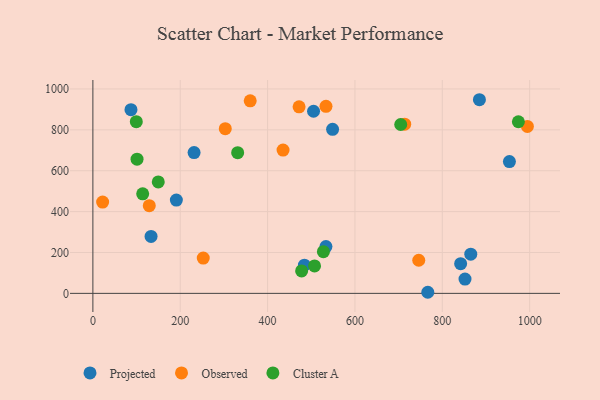
{"axis": {"x": "Ad Spend", "y": "Yield"}, "legend": ["Cluster A", "Observed", "Projected"], "data": [{"x": "231.7", "y": 688.6, "type": "Projected"}, {"x": "505.2", "y": 890.9, "type": "Projected"}, {"x": "842.0", "y": 145.2, "type": "Projected"}, {"x": "533.6", "y": 229.0, "type": "Projected"}, {"x": "548.8", "y": 802.4, "type": "Projected"}, {"x": "852.0", "y": 69.8, "type": "Projected"}, {"x": "953.7", "y": 644.9, "type": "Projected"}, {"x": "133.2", "y": 278.6, "type": "Projected"}, {"x": "484.3", "y": 138.1, "type": "Projected"}, {"x": "191.1", "y": 456.5, "type": "Projected"}, {"x": "766.8", "y": 5.3, "type": "Projected"}, {"x": "885.0", "y": 947.3, "type": "Projected"}, {"x": "865.2", "y": 191.5, "type": "Projected"}, {"x": "87.2", "y": 898.8, "type": "Projected"}, {"x": "435.4", "y": 701.1, "type": "Observed"}, {"x": "713.9", "y": 827.5, "type": "Observed"}, {"x": "303.1", "y": 805.7, "type": "Observed"}, {"x": "994.8", "y": 816.9, "type": "Observed"}, {"x": "533.7", "y": 915.1, "type": "Observed"}, {"x": "129.1", "y": 428.9, "type": "Observed"}, {"x": "22.3", "y": 446.8, "type": "Observed"}, {"x": "360.2", "y": 942.1, "type": "Observed"}, {"x": "472.1", "y": 912.4, "type": "Observed"}, {"x": "252.7", "y": 172.7, "type": "Observed"}, {"x": "746.1", "y": 161.9, "type": "Observed"}, {"x": "477.9", "y": 109.7, "type": "Cluster A"}, {"x": "99.4", "y": 839.9, "type": "Cluster A"}, {"x": "101.1", "y": 656.7, "type": "Cluster A"}, {"x": "507.5", "y": 134.4, "type": "Cluster A"}, {"x": "704.8", "y": 826.0, "type": "Cluster A"}, {"x": "331.5", "y": 688.4, "type": "Cluster A"}, {"x": "149.7", "y": 545.0, "type": "Cluster A"}, {"x": "114.0", "y": 487.0, "type": "Cluster A"}, {"x": "974.2", "y": 839.6, "type": "Cluster A"}, {"x": "527.8", "y": 203.7, "type": "Cluster A"}]}